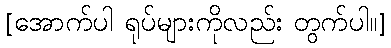
[အောက်ပါ ရုပ်များကိုလည်း တွက်ပါ။]